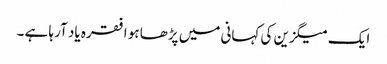
ایک میگزین کی کہانی میں پڑھا ہو ا فقرہ یاد آرہا ہے ۔